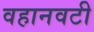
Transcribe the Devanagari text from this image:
वहानवटी